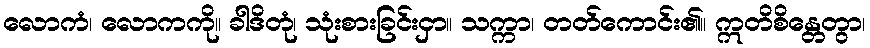
လောကံ၊ လောကကို။ ခါဒိတုံ၊ သုံးစားခြင်းငှာ။ သက္ကာ၊ တတ်ကောင်း၏။ ဣတိစိန္တေတွာ၊